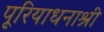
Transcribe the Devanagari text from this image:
पूरियाधनाश्री